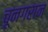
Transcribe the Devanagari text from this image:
चूनगरान